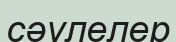
сәулелер